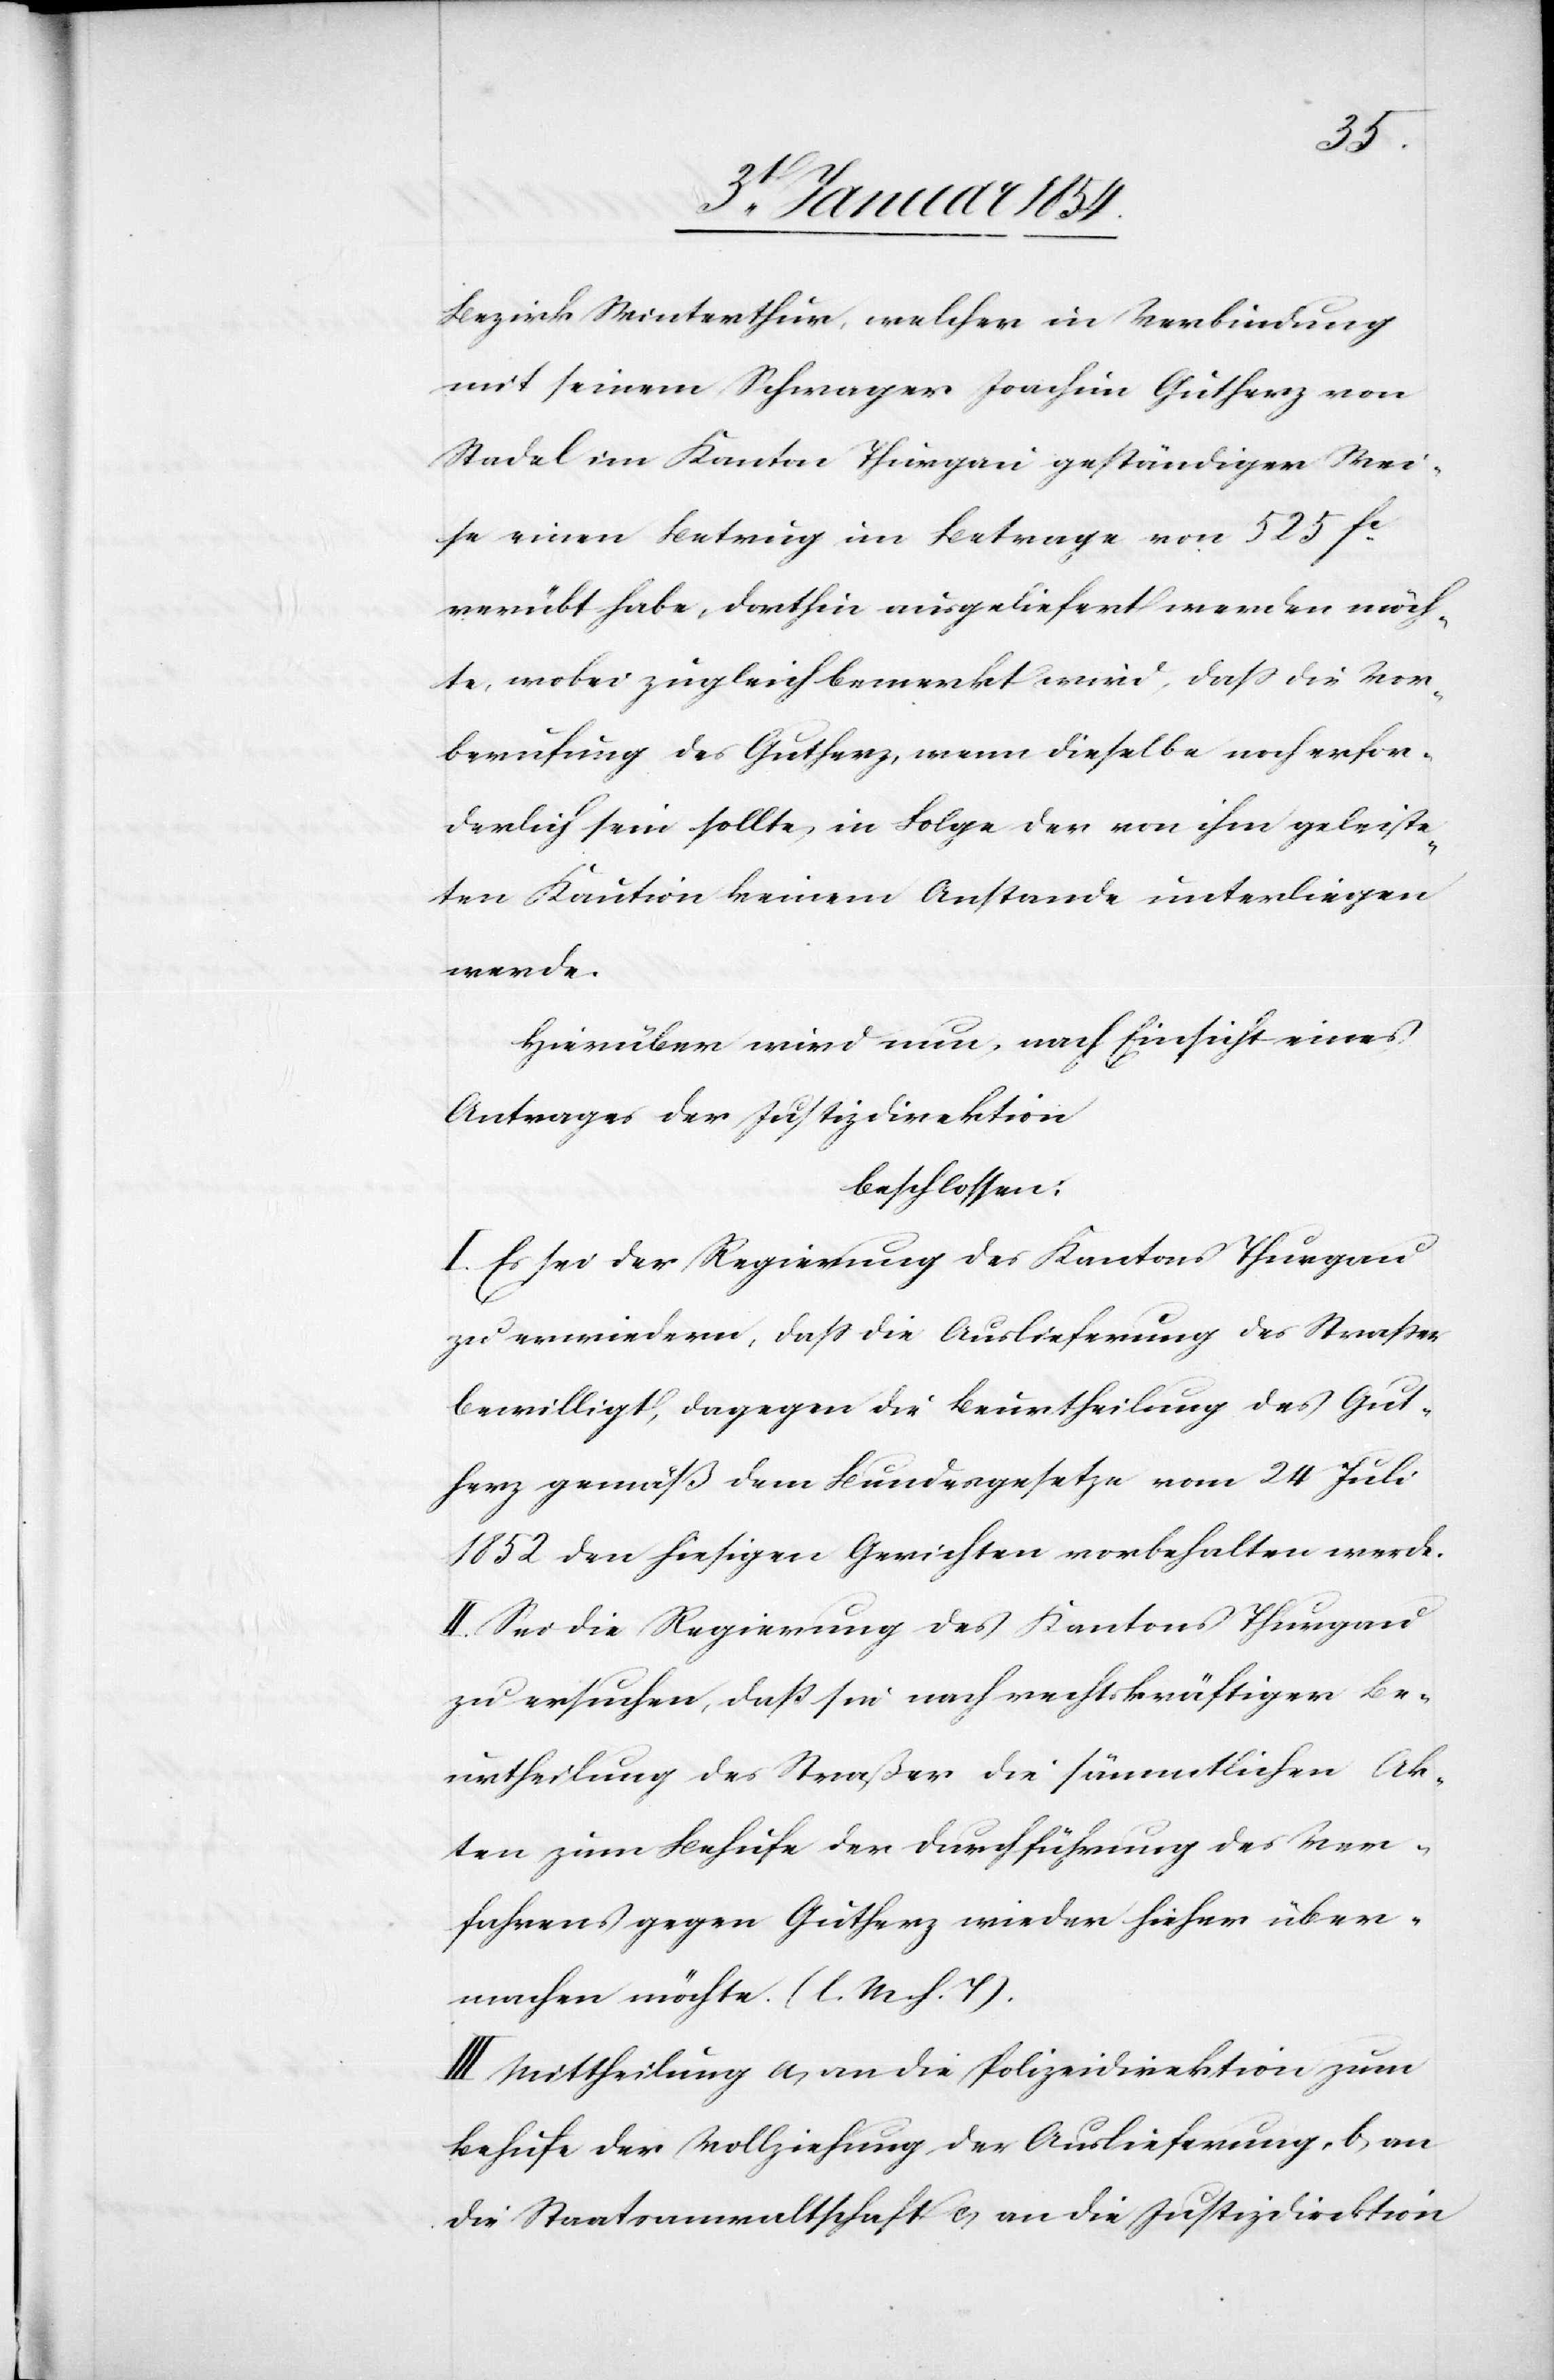
Bezirk Winterthur, welcher in Verbindung
mit seinem Schwager Joachim Gutherz von
Stadel im Kanton Thurgau geständiger Wei¬
se einen Betrug im Betrage von 525 fc.
verübt habe, dorthin ausgeliefert werden möch¬
te, wobei zugleich bemerkt wird, daß die Vor¬
berufung des Gutherz, wenn dieselbe noch erfor¬
derlich sein sollte, in Folge der von ihm geleiste¬
ten Kaution keinem Anstande unterliegen
werden.
Hierüber wird nun, nach Einsicht eines
Antrages der Justizdirektion
beschlossen:
I. Es sei der Regierung des Kantons Thurgau
zu erwiedern, daß die Auslieferung des Straßer
bewilligt, dagegen die Beurtheilung des Gut¬
herz gemäß dem Bundesgesetze vom 24 Juli
1852 den hiesigen Gerichten vorbehalten werde.
II. Sei die Regierung des Kantons Thurgau
zu ersuchen, daß sie nach rechtskräftiger Be¬
urtheilung des Straßer die sämmtlichen Ak¬
ten zum Behufe der Durchführung des Ver¬
fahrens gegen Gutherz wieder hieher über¬
machen möchte. (l. M. h. T).
III. Mittheilung a) an die Polizeidirektion zum
Behufe der Vollziehung der Auslieferung, b) an
die Staatsanwaltschaft c) an die Justizdirektion